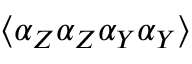
\langle \alpha _ { Z } \alpha _ { Z } \alpha _ { Y } \alpha _ { Y } \rangle